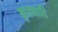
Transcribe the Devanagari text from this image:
कृतवादि